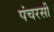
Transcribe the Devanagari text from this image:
पंचरसी